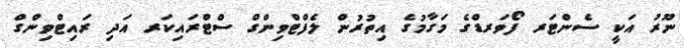
ނޫރު އަކީ ސެންޓަރ ފޯވަރޑްގެ މަގާމުގެ އިތުރުން ލެފްޓްވިންގް ސްޓްރައިކަރ އަދި ރައިޓްވިންގް